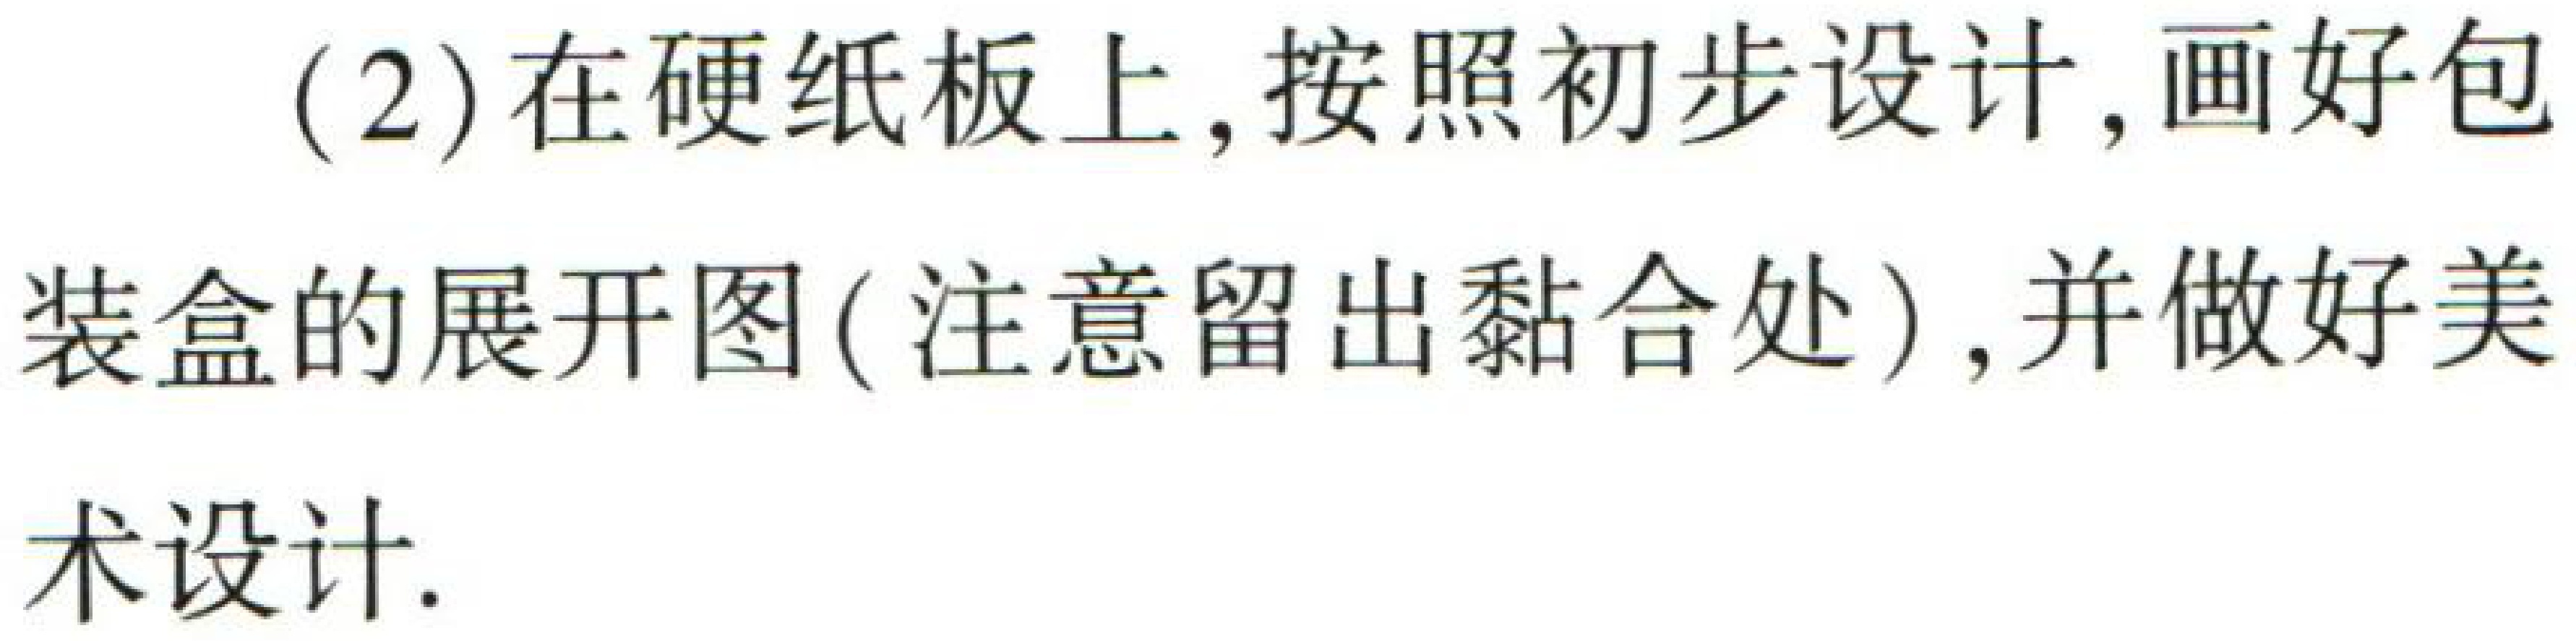
(2)在硬纸板上,按照初步设计,画好包装盒的展开图(注意留出黏合处),并做好美术设计.